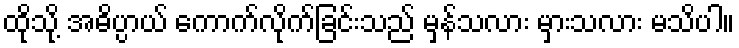
ထိုသို့ အဓိပ္ပာယ် ကောက်လိုက်ခြင်းသည် မှန်သလား မှားသလား မသိပါ။